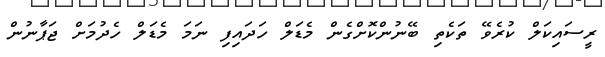
ރީސައިކަލް ކުރެވޭ ތަކެތި ބޭނުންކޮށްގެން މެޑަލް ހަދައިފި ނަމަ މެޑަލް ހެދުމަށް ޖަޕާނުން